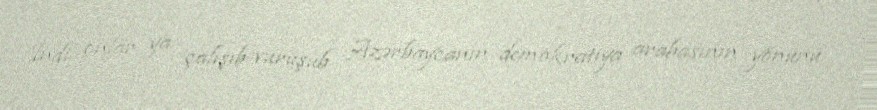
İndi onlar ya çalışıb-vuruşub Azərbaycanın demokratiya arabasının yönünü